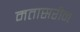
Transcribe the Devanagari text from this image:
मतासरीन